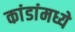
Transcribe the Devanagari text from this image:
कांडांमध्ये